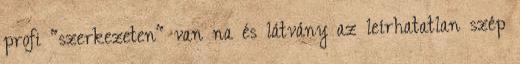
profi "szerkezeten" van na és látvány az leírhatatlan szép